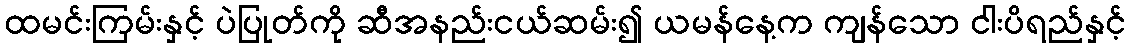
ထမင်းကြမ်းနှင့် ပဲပြုတ်ကို ဆီအနည်းငယ်ဆမ်း၍ ယမန်နေ့က ကျန်သော ငါးပိရည်နှင့်